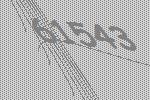
61543